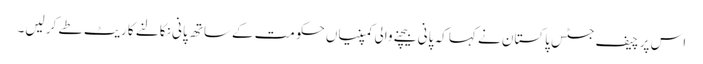
اس پر چیف جسٹس پاکستان نے کہا کہ پانی بیچنے والی کمپنیاں حکومت کےساتھ پانی نکالنے کا ریٹ طے کر لیں۔